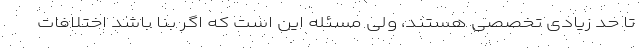
تا حد زیادی تخصصی هستند، ولی مسئله این است که اگر بنا باشد اختلافات